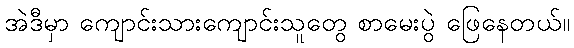
အဲဒီမှာ ကျောင်းသားကျောင်းသူတွေ စာမေးပွဲ ဖြေနေတယ်။